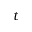
t